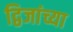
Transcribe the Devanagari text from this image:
द्विजांच्या